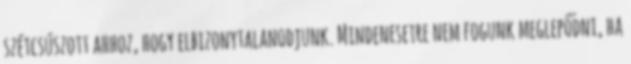
szétcsúszott ahhoz, hogy elbizonytalanodjunk. Mindenesetre nem fogunk meglepődni, ha